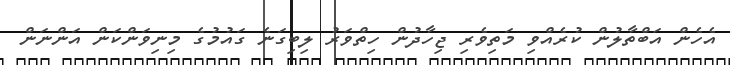
އެހެން އަބްތާލުން ކުރެއްވި މަތިވެރި ޖިހާދުން ހިތްވަރު ލިބިގަނެ ގައުމުގެ މިނިވަންކަން އަންނަން